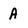
Character: A